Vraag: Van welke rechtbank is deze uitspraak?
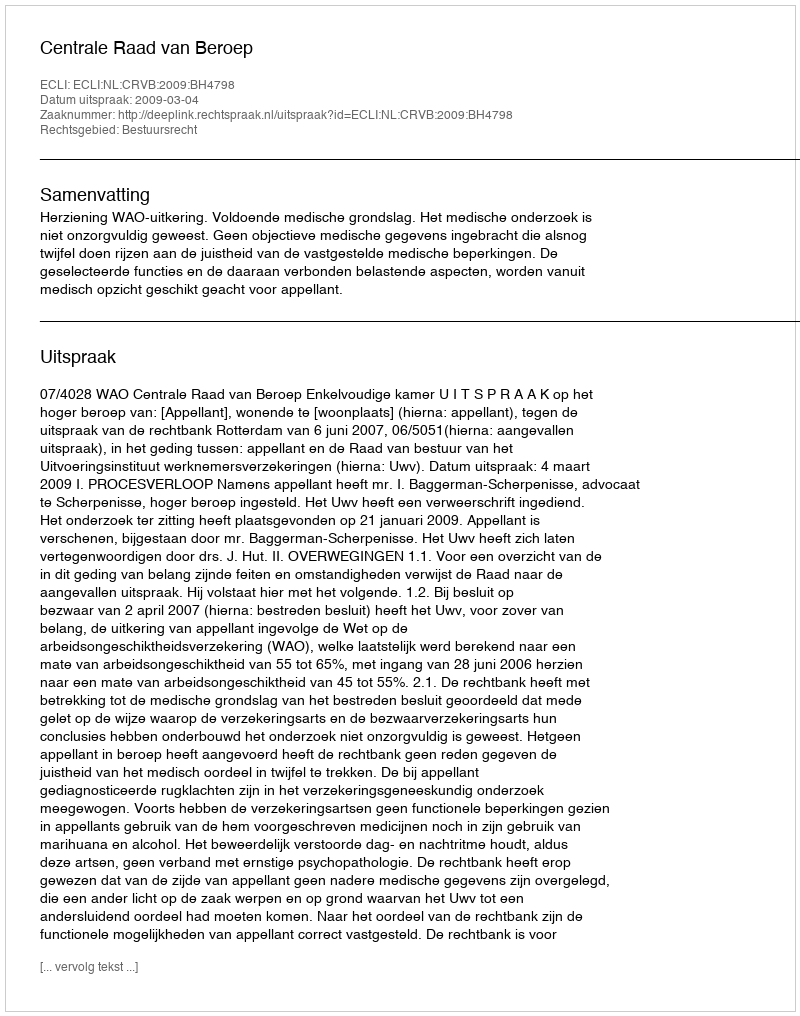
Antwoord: Centrale Raad van Beroep